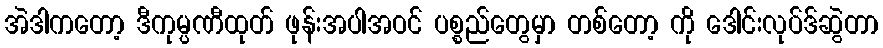
အဲဒါကတော့ ဒီကုမ္ပဏီထုတ် ဖုန်းအပါအဝင် ပစ္စည်တွေမှာ တစ်တော့ ကို ဒေါင်းလုပ်ဒ်ဆွဲတာ